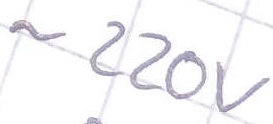
Text: ~220V